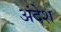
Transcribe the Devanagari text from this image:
अंदेश